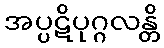
အပ္ပဋိပုဂ္ဂလန္တိ